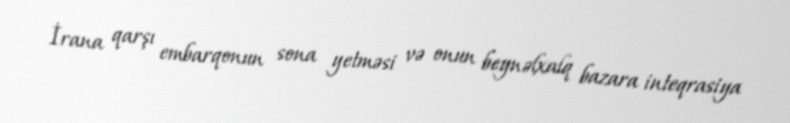
İrana qarşı embarqonun sona yetməsi və onun beynəlxalq bazara inteqrasiya